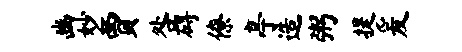
豳妙贾咎碍僚亭造粥提爰